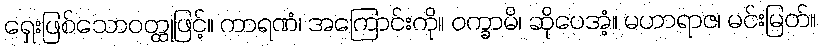
ရှေးဖြစ်သောဝတ္ထုဖြင့်။ ကာရဏံ၊ အကြောင်းကို။ ဝက္ခာမိ၊ ဆိုပေအံ့။ မဟာရာဇ၊ မင်းမြတ်။